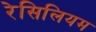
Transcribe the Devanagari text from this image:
रेसिलियम